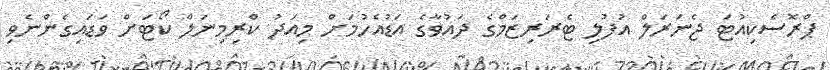
ޕްރޮސެކިއުޓަ ޖެނަރަލް އުފުލި ޓެރަރިޒަމްގެ ދައުވާގެ އަޑުއެހުމަށް މިއަދު ކްރިމިނަލް ކޯޓަށް ވަޑައިގެންނެވި